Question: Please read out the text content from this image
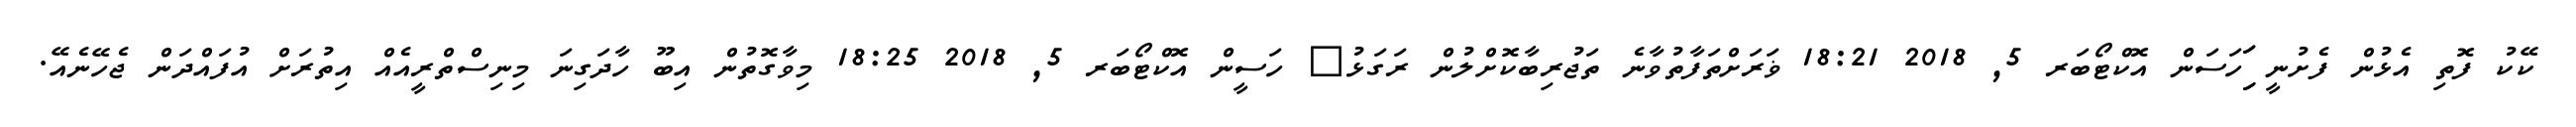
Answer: ކޭކު ފޮތި އެޅުން ފެށުނީ ިިަިަހަސަން އޮކްޓޯބަރ 5, 2018 18:21 ޥަރަށްތަފާތުވާނެ ތަޖުރިބާކޮށްލުން ރަގަޅު? ހަސީން އޮކްޓޯބަރ 5, 2018 18:25 މިވާގޮތުން އިބޫ ހާދަގިނަ މިނިސްތްރީއެއް އިތުރަށް އުފައްދަން ޖެހޭނެއޭ.